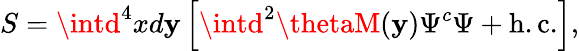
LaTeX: S=\intd^{4}xd\mathbf{y}\left[\intd^{2}\thetaM(\mathbf{y})\Psi^{c}\Psi+\mathrm{{h.c.}}\right],